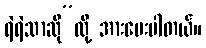
ရဲရဲသာဆို”လို့ အားပေးပါတယ်။